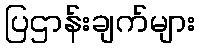
ပြဌာန်းချက်များ